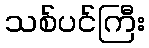
သစ်ပင်ကြီး